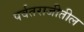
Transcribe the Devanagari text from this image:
पर्वतराजीतील